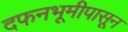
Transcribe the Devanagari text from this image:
दफनभूमीपासून